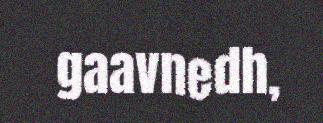
gaavnedh,